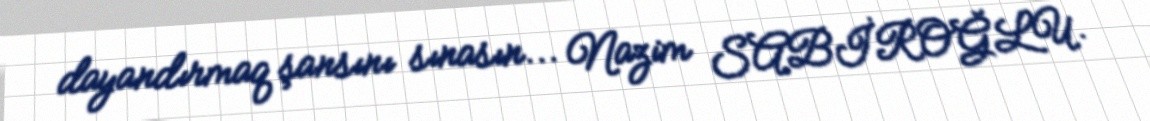
dayandırmaq şansını sınasın... Nazim SABİROĞLU.